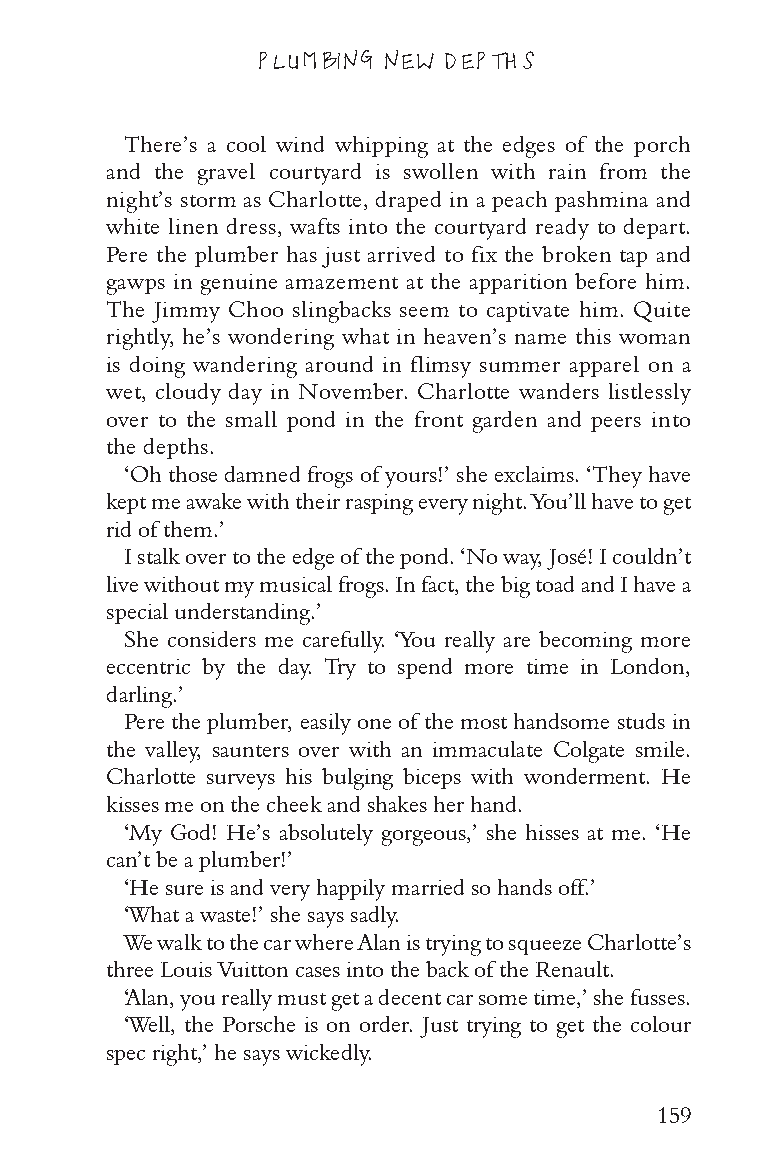
PLUMBING NEW DEPTHS
 There’s a cool wind whipping at the edges of the porch
 and the gravel courtyard is swollen with rain from the
 night’s storm as Charlotte, draped in a peach pashmina and
 white linen dress, wafts into the courtyard ready to depart.
 Pere the plumber has just arrived to fix the broken tap and
 gawps in genuine amazement at the apparition before him.
 The Jimmy Choo slingbacks seem to captivate him. Quite
 rightly, he’s wondering what in heaven’s name this woman
 is doing wandering around in flimsy summer apparel on a
 wet, cloudy day in November. Charlotte wanders listlessly
 over to the small pond in the front garden and peers into
 the depths.
 ‘Oh those damned frogs of yours!’ she exclaims. ‘They have
 kept me awake with their rasping every night. You’ll have to get
 rid of them.’
 I stalk over to the edge of the pond. ‘No way, José! I couldn’t
 live without my musical frogs. In fact, the big toad and I have a
 special understanding.’
 She considers me carefully. ‘You really are becoming more
 eccentric by the day. Try to spend more time in London,
 darling.’
 Pere the plumber, easily one of the most handsome studs in
 the valley, saunters over with an immaculate Colgate smile.
 Charlotte surveys his bulging biceps with wonderment. He
 kisses me on the cheek and shakes her hand.
 ‘My God! He’s absolutely gorgeous,’ she hisses at me. ‘He
 can’t be a plumber!’
 ‘He sure is and very happily married so hands off.’
 ‘What a waste!’ she says sadly.
 We walk to the car where Alan is trying to squeeze Charlotte’s
 three Louis Vuitton cases into the back of the Renault.
 ‘Alan, you really must get a decent car some time,’ she fusses.
 ‘Well, the Porsche is on order. Just trying to get the colour
 spec right,’ he says wickedly.
 159